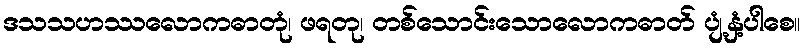
ဒသသဟဿလောကဓာတုံ၊ ဖရတု၊ တစ်သောင်းသောလောကဓာတ် ပျံ့နှံ့ပါစေ။